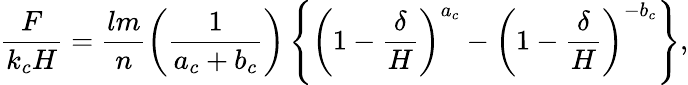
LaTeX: \frac{F}{k_{c}H}=\frac{lm}{n}\left(\frac{1}{a_{c}+b_{c}}\right)\left\{ \left(1-\frac{\delta}{H}\right)^{a_{c}}-\left(1-\frac{\delta}{H}\right)^{-b_{c}}\right\} ,